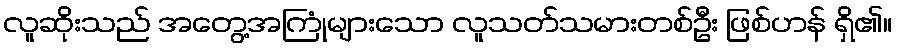
လူဆိုးသည် အတွေ့အကြုံများသော လူသတ်သမားတစ်ဦး ဖြစ်ဟန် ရှိ၏။